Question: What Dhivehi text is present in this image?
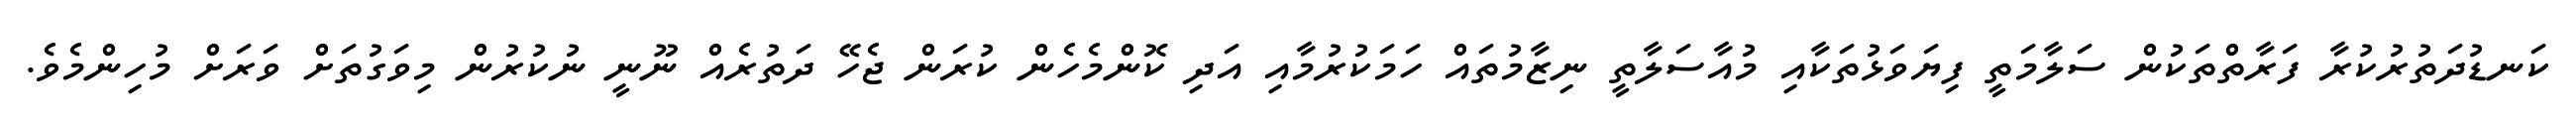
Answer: ކަނޑުދަތުރުކުރާ ފަރާތްތަކުން ސަލާމަތީ ފިޔަވަޅުތަކާއި މުއާސަލާތީ ނިޒާމުތައް ހަމަކުރުމާއި އަދި ކޮންމެހެން ކުރަން ޖެހޭ ދަތުރެއް ނޫނީ ނުކުރުން މިވަގުތަށް ވަރަށް މުހިންމެވެ.